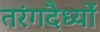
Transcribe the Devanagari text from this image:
तरंगदैर्ध्‍यों